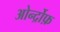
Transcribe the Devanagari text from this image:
ओर्न्द्रोफ़